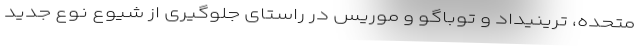
متحده، ترینیداد و توباگو و موریس در راستای جلوگیری از شیوع نوع جدید